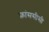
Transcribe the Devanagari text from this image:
फ्रांससीसी